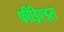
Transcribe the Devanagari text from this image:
फीड्रिएड्स